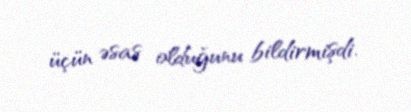
üçün əsas olduğunu bildirmişdi.